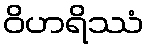
ဝိဟရိဿံ